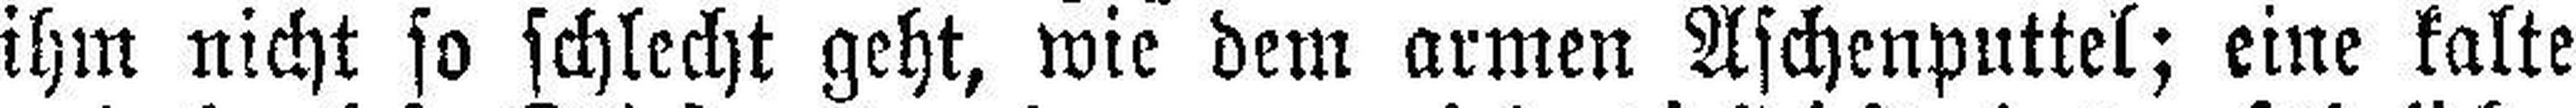
ihm nicht so schlecht geht, wie dem armen Aschenputtel; eine kalte